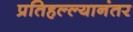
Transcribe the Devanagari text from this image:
प्रतिहल्ल्यानंतर